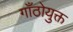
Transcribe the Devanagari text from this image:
गाँठोयुक्त